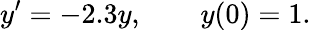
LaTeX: y^{\prime}=-2.3y,\qquad y(0)=1.